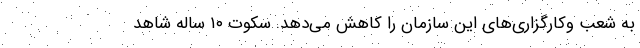
به شعب وکارگزاری‌های این سازمان را کاهش می‌دهد. سکوت ۱۰ ساله شاهد